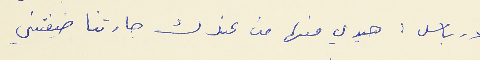
درباس : هيدي منها من عندك جارتنا ضيفتني